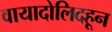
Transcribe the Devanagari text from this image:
वायादोलिदहून